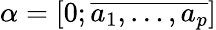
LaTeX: \alpha=[0;\overline{{a_{1},\ldots,a_{p}}}]